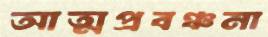
আত্মপ্রবঞ্চনা